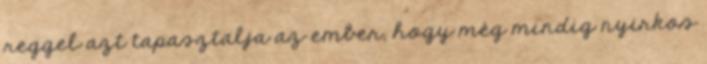
reggel azt tapasztalja az ember, hogy még mindig nyirkos